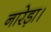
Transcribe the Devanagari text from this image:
नारेड़ा।